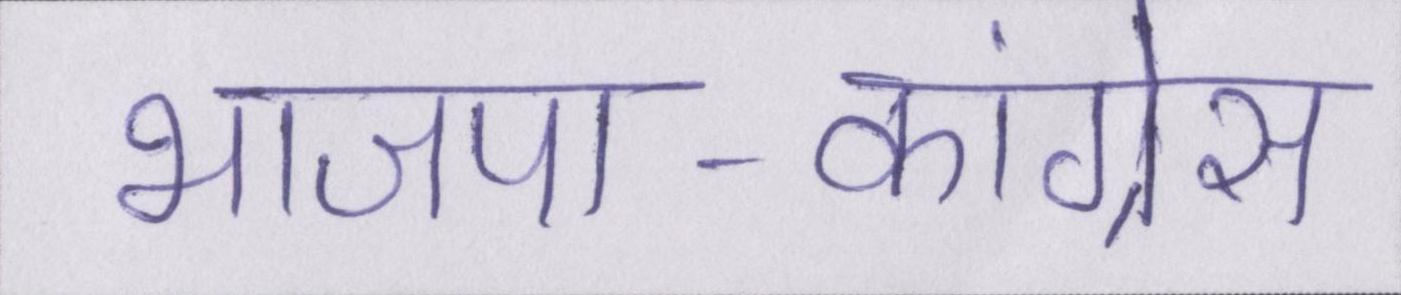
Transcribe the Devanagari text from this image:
भाजपा-कांग्रेस